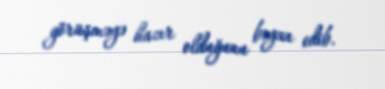
görüşməyə hazır olduğunu bəyan edib.